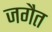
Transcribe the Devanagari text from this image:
जगैत